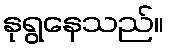
နုရွနေသည်။